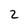
Character: 2